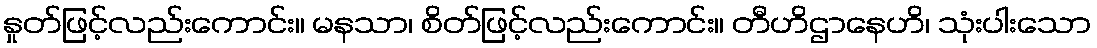
နှုတ်ဖြင့်လည်းကောင်း။ မနသာ၊ စိတ်ဖြင့်လည်းကောင်း။ တီဟိဌာနေဟိ၊ သုံးပါးသော